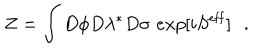
LaTeX: Z = \int D \phi D \lambda ^ { * } D \sigma \, \, e x p [ i S ^ { \mathrm { e f f } } ] \, \, \, \, .